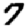
Digit: 7